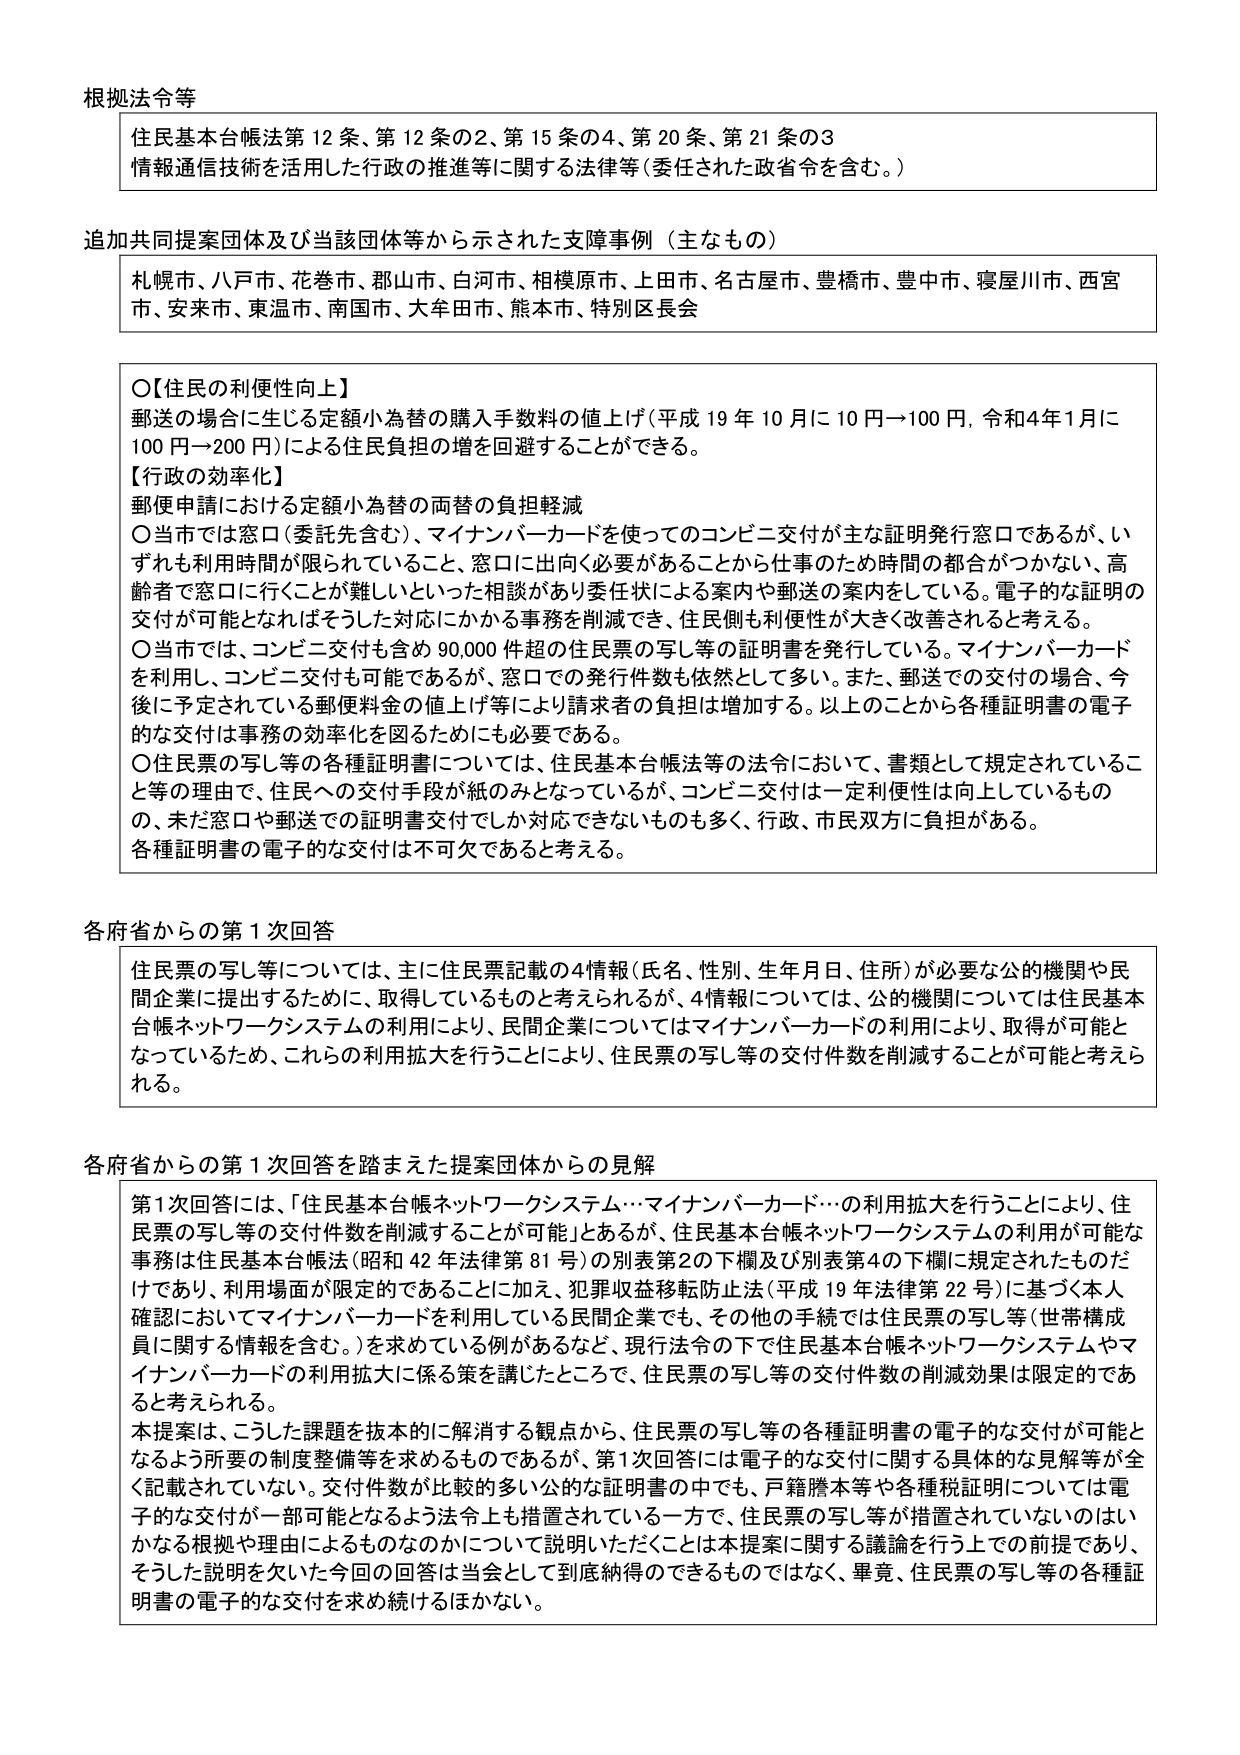
根拠法令等
住民基本台帳法第12条、第12条の2、第15条の4、第20条、第21条の3
情報通信技術を活用した行政の推進等に関する法律等（委任された政省令を含む。）

追加共同提案団体及び当該団体等から示された支援事例（主なもの）
札幌市、八戸市、花巻市、郡山市、白河市、相模原市、上田市、名古屋市、豊橋市、豊中市、寝屋川市、西宮市、安来市、東温市、南国市、大牟田市、熊本市、特別区長会

〇【住民の利便性向上】
郵送の場合に生じる定額小為替の購入手数料の値上げ（平成19年10月に10円→100円、令和4年1月に100円→200円）による住民負担の増を回避することができる。

【行政の効率化】
郵便申請における定額小為替の両替の負担軽減
〇当市では窓口（委託先含む）、マイナンバーカードを使ってのコンビニ交付が主な証明発行窓口であるが、いずれも利用時間が限られていること、窓口に出向く必要があることから仕事のため時間の都合がつかない、高齢者で窓口に行くことが難しいといった相談があり委任状による案内や郵送の案内をしている。電子的な証明の交付が可能となればそうした対応にかかる事務を削減でき、住民側も利便性が大きく改善されると考える。
〇当市では、コンビニ交付も含め90,000件超の住民票の写し等の証明書を発行している。マイナンバーカードを利用し、コンビニ交付も可能であるが、窓口での発行件数も依然として多い。また、郵送での交付の場合、今後に予定されている郵便料金の値上げ等により請求者の負担が増加する。以上のことから各種証明書の電子的な交付は事務の効率化を図るためにも必要である。
〇住民票の写し等の各種証明書については、住民基本台帳法等の法令において、書類として規定されていること等の理由で、住民への交付手段が紙のみとなっているが、コンビニ交付は一定利便性は向上しているものの、未だ窓口や郵送での証明書交付でしか対応できないものも多く、行政、市民双方に負担がある。各種証明書の電子的な交付は不可欠であると考える。

各府省からの第1次回答
住民票の写し等については、主に住民票記載の4情報（氏名、性別、生年月日、住所）が必要な公的機関や民間企業に提出するために、取得しているものと考えられるが、4情報については、公的機関については住民基本台帳ネットワークシステムの利用により、民間企業についてはマイナンバーカードの利用により、取得が可能となっているため、これらの利用拡大を行うことにより、住民票の写し等の交付件数を削減することが可能と考えられる。

各府省からの第1次回答を踏まえた提案団体からの見解
第1次回答には、「住民基本台帳ネットワークシステム…マイナンバーカード…の利用拡大を行うことにより、住民票の写し等の交付件数を削減することが可能」とあるが、住民基本台帳ネットワークシステムの利用が可能な事務は住民基本台帳法（昭和42年法律第81号）の別表第2の下欄及び別表第4の下欄に規定されたものだけであり、利用場面が限定的であることに加え、犯罪収益移転防止法（平成19年法律第22号）に基づく本人確認においてマイナンバーカードを利用している民間企業でも、その他の手続では住民票の写し等（世帯構成員に関する情報を含む。）を求めている例があるなど、現行法令の下で住民基本台帳ネットワークシステムやマイナンバーカードの利用拡大に係る策を講じたところで、住民票の写し等の交付件数の削減効果は限定的であると考えられる。
本提案は、こうした課題を抜本的に解消する観点から、住民票の写し等の各種証明書の電子的な交付が可能となるよう所要の制度整備等を求めるものであるが、第1次回答には電子的な交付に関する具体的な見解等が全く記載されていない。交付件数が比較的多い公的な証明書の中でも、戸籍謄本等や各種税証明については電子的な交付が一部可能となるよう法令上も措置されている一方で、住民票の写し等が措置されていないのはいかなる根拠や理由によるものなのかについて説明いただくことは本提案に関する議論を行う上での前提であり、そうした説明を欠いた今回の回答は当会として到底納得のできるものではなく、畢竟、住民票の写し等の各種証明書の電子的な交付を求め続けるほかならない。